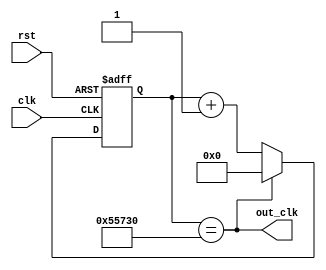
`timescale 1ns / 1ps
//////////////////////////////////////////////////////////////////////////////////
// Company: 
// Engineer: 
// 
// Design Name: 
// Module Name:    paddle_clk 
// Project Name: 
// Target Devices: 
// Tool versions: 
// Description: 
//
// Dependencies: 
//
// Revision: 
// Revision 0.01 - File Created
// Additional Comments: 
//
//////////////////////////////////////////////////////////////////////////////////
module paddle_clock(
    input clk,
    input rst,
    output out_clk
    );
//100Hz
reg [31:0] counter;
always @ (negedge clk or posedge rst)
if (rst)
	counter <= 32'd0;
else if (counter == 32'd350000)
	counter <= 32'd0;
else
	counter <= counter + 1;
	
assign out_clk = (counter == 32'd350000);

endmodule